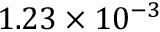
1 . 2 3 \times 1 0 ^ { - 3 }